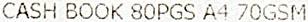
CASH BOOK 80PGS A4 70GSM